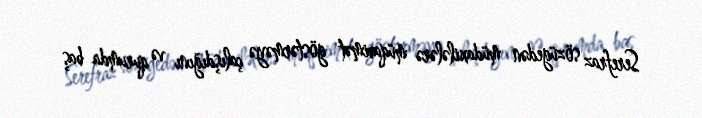
Serefraz sözügedən müdaxilələrə müqavimət göstərməyə çalışdığını və qurumda baş